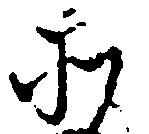
そ